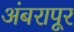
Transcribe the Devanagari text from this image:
अंबरापूर